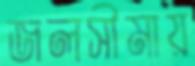
জলসীমায়